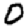
Digit: 0